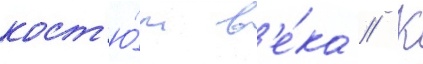
кост'ю́м в'е́ка // К